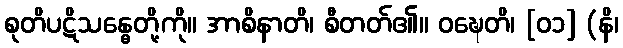
စုတိပဋိသန္ဓေတို့ကို။ အာစိနာတိ၊ စီတတ်၏။ ဝဍ္ဎေတိ၊ [၀၁] (နိ၊